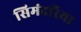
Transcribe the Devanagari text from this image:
सिमंदरिया